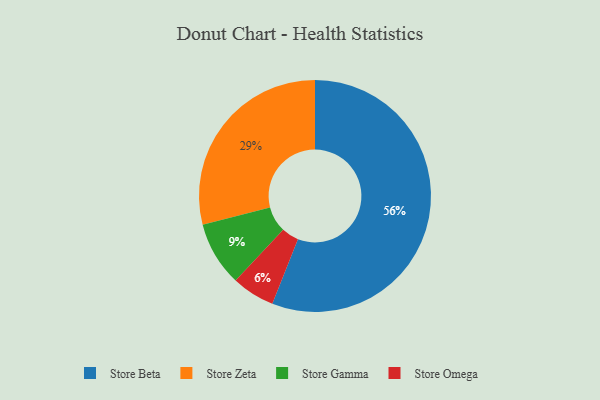
{"axis": {"x": "Category", "y": "Percentage"}, "legend": ["Store Beta", "Store Gamma", "Store Omega", "Store Zeta"], "data": [{"x": "Store Beta", "y": 56, "type": "Store Beta"}, {"x": "Store Zeta", "y": 29, "type": "Store Zeta"}, {"x": "Store Gamma", "y": 9, "type": "Store Gamma"}, {"x": "Store Omega", "y": 6, "type": "Store Omega"}]}